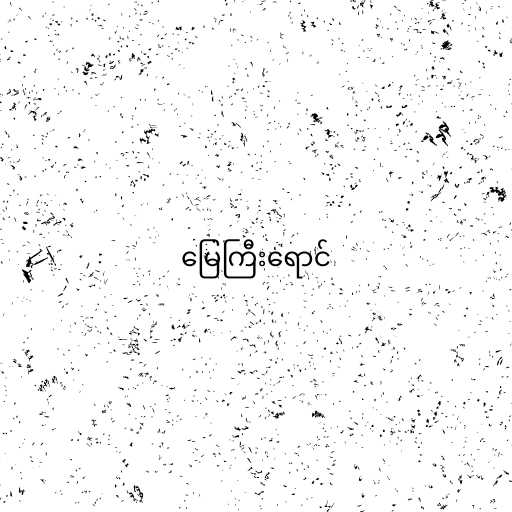
မြေကြီးရောင်